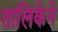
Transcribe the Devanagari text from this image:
तालिकेने